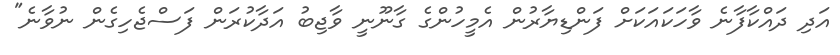
އަދި ދައްކާފާނެ ވާހަކައަކަށް ފަންޑިޔާރުން އެމީހުންގެ ގާނޫނީ ވާޖިބު އަދާކުރަން ފަސްޖެހިގެން ނުވާނެ"